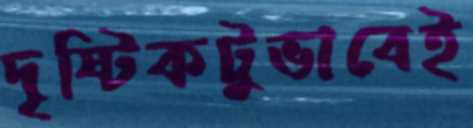
দৃষ্টিকটুভাবেই